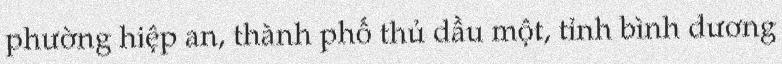
phường hiệp an, thành phố thủ dầu một, tỉnh bình dương